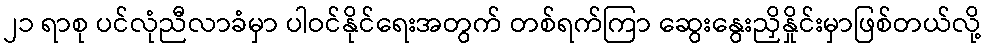
၂၁ ရာစု ပင်လုံညီလာခံမှာ ပါဝင်နိုင်ရေးအတွက် တစ်ရက်ကြာ ဆွေးနွေးညှိနှိုင်းမှာဖြစ်တယ်လို့